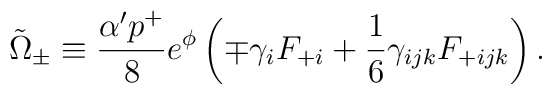
\tilde{\Omega}_{\pm}\equiv {\alpha' p^{+}\over 8}e^{\phi}\left( \mp\gamma_{i}F_{+i}+{1\over 6}\gamma_{ijk}F_{+ijk}\right).